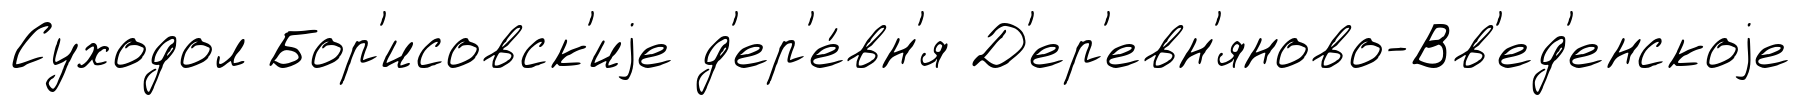
Суходол Бор'исовск'иjе д'ер'е́вн'я Д'ер'евн'яново-Вв'ед'енскоjе